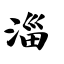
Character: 淄